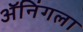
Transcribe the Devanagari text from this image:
ॲनिंगला